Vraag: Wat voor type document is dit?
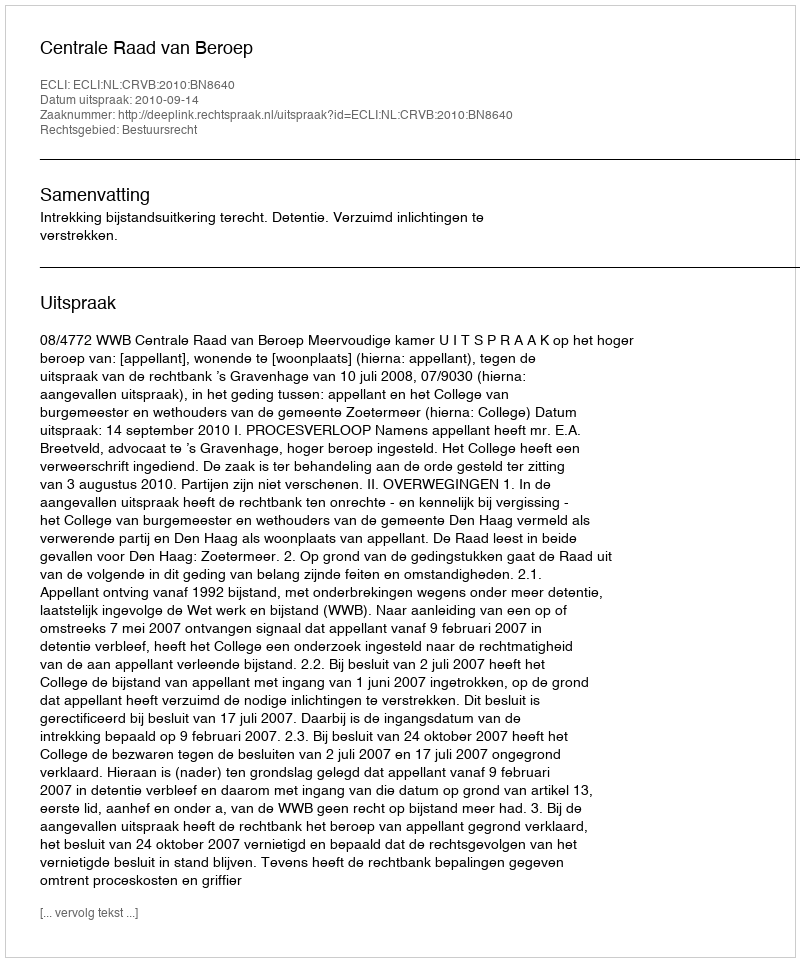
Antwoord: Uitspraak